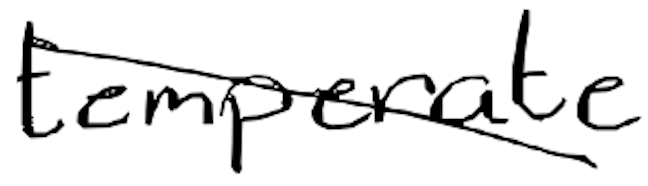
Text: temperate
Cross-out: diagonal
Writing tool: digital_black